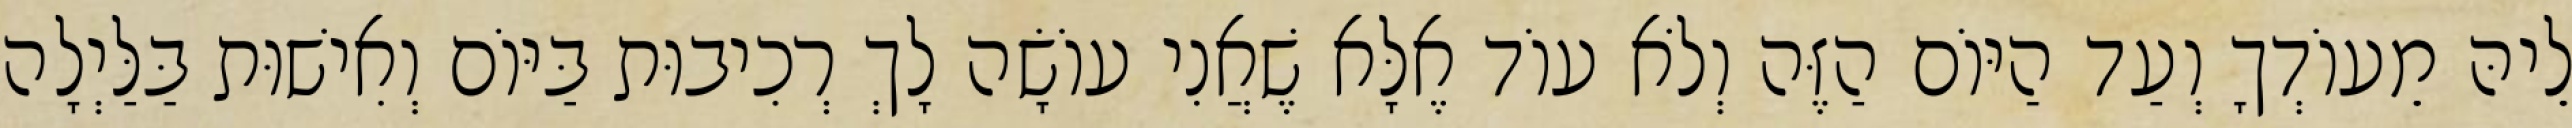
לֵיהּ מֵעוֹדְךָ וְעַד הַיּוֹם הַזֶּה וְלֹא עוֹד אֶלָּא שֶׁאֲנִי עוֹשָׂה לָךְ רְכִיבוּת בַּיּוֹם וְאִישׁוּת בַּלַּיְלָה